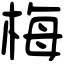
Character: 梅